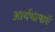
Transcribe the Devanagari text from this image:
आर्यभाषाएँ